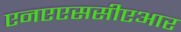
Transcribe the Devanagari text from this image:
एनएएससीएआर